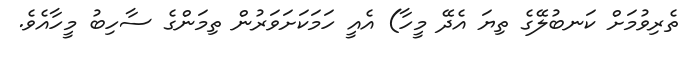
ތެރިވުމަށް ކަނބުލޭގެ ތިޔަ އެދޭ މީހާ) އެއީ ހަމަކަށަވަރުން ތިމަންގެ ސާހިބު މީހާއެވެ.